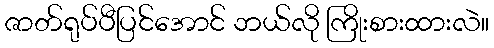
ဇာတ်ရုပ်ပီပြင်အောင် ဘယ်လို ကြိုးစားထားလဲ။